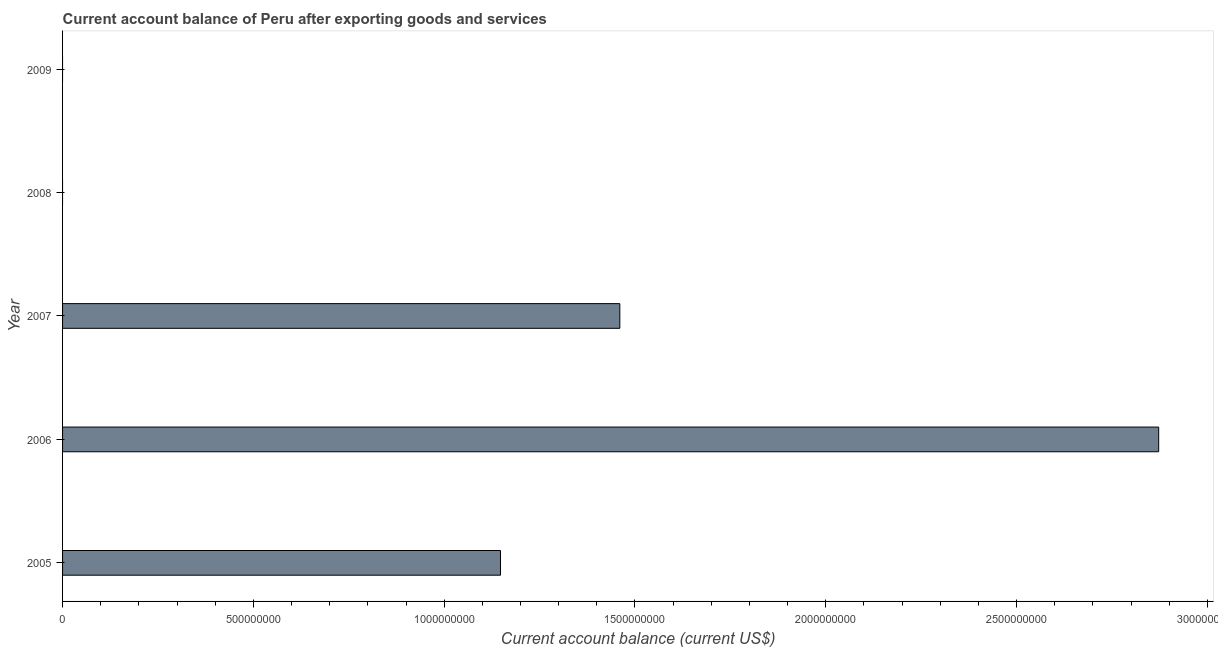
| Year | Current account balance |
 | --- | --- |
 | 2005 | 1.15e+09 |
 | 2006 | 2.87e+09 |
 | 2007 | 1.46e+09 |
 | 2008 | -5.32e+09 |
 | 2009 | -7.23e+08 |